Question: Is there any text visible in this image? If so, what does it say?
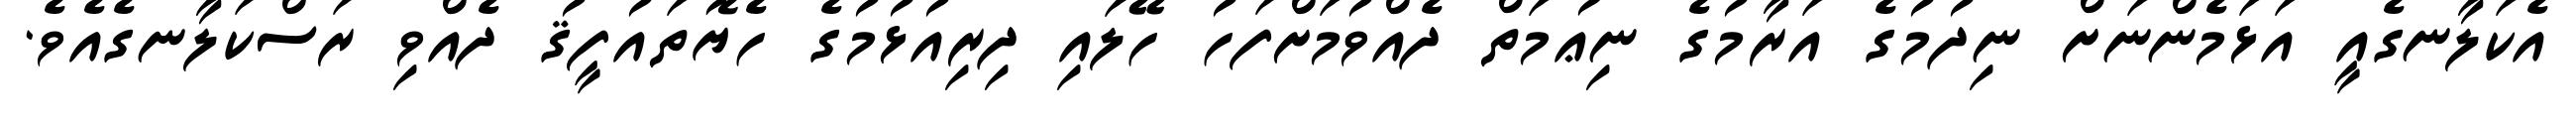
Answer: އެކަލާނގެއީ އަޅަމެންނަށް ނިދުމުގެ އަރާމުގެ ނިޢުމަތް ދެއްވުމަށްފަހު ހޭލައި ދިރިއުޅުމުގެ ހެޔޮތައުފީޤު ދެއްވި ރަސްކަލާނގެއެވެ.